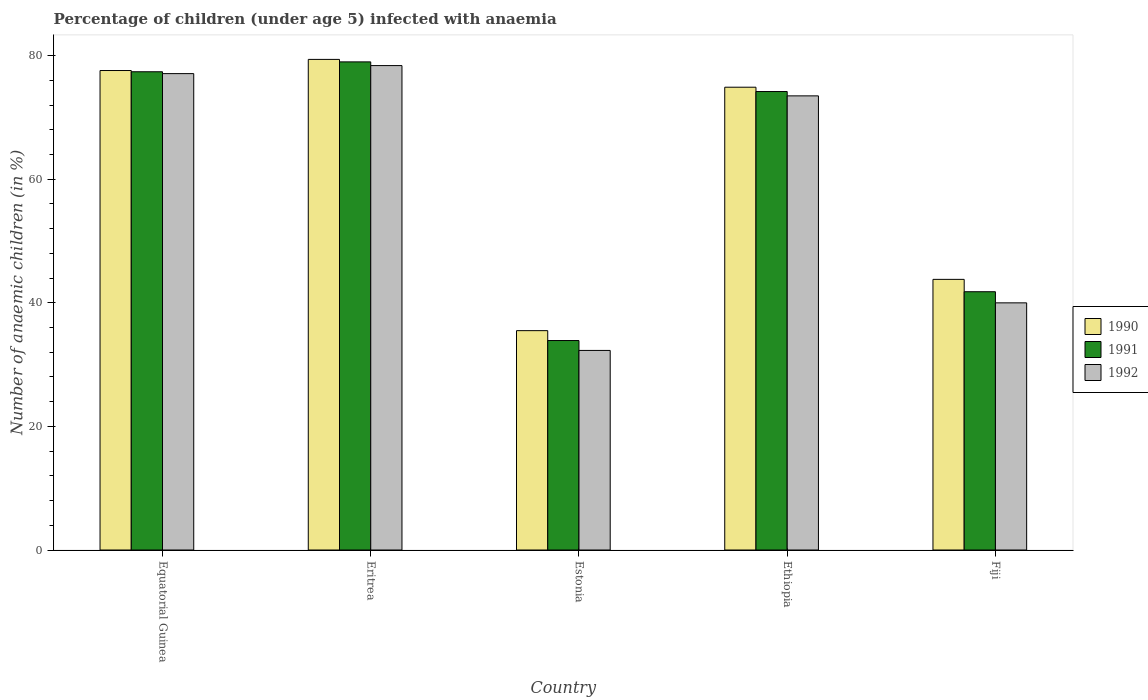
| Country | 1990 | 1991 | 1992 |
 | --- | --- | --- | --- |
 | Equatorial Guinea | 77.6 | 77.4 | 77.1 |
 | Eritrea | 79.4 | 79 | 78.4 |
 | Estonia | 35.5 | 33.9 | 32.3 |
 | Ethiopia | 74.9 | 74.2 | 73.5 |
 | Fiji | 43.8 | 41.8 | 40 |